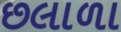
છલાળા